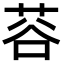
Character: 𫈅